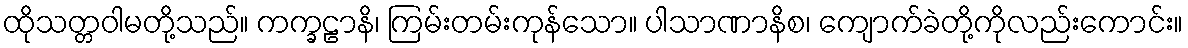
ထိုသတ္တဝါမတို့သည်။ ကက္ခဠာနိ၊ ကြမ်းတမ်းကုန်သော။ ပါသာဏာနိစ၊ ကျောက်ခဲတို့ကိုလည်းကောင်း။